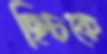
ছিচকে